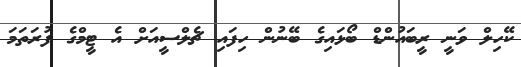
ކޭހިލް ވަނީ ރީބައުންޑް ބޯޅައިގެ ބޭނުން ހިފައި ޗެލްސީއަށް އެ ޓީމްގެ ފުރަތަމަ